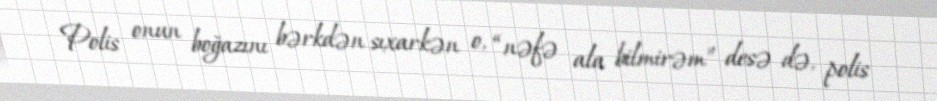
Polis onun boğazını bərkdən sıxarkən o, “nəfə ala bilmirəm” desə də, polis